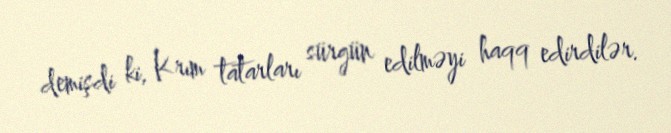
demişdi ki, Krım tatarları sürgün edilməyi haqq edirdilər.